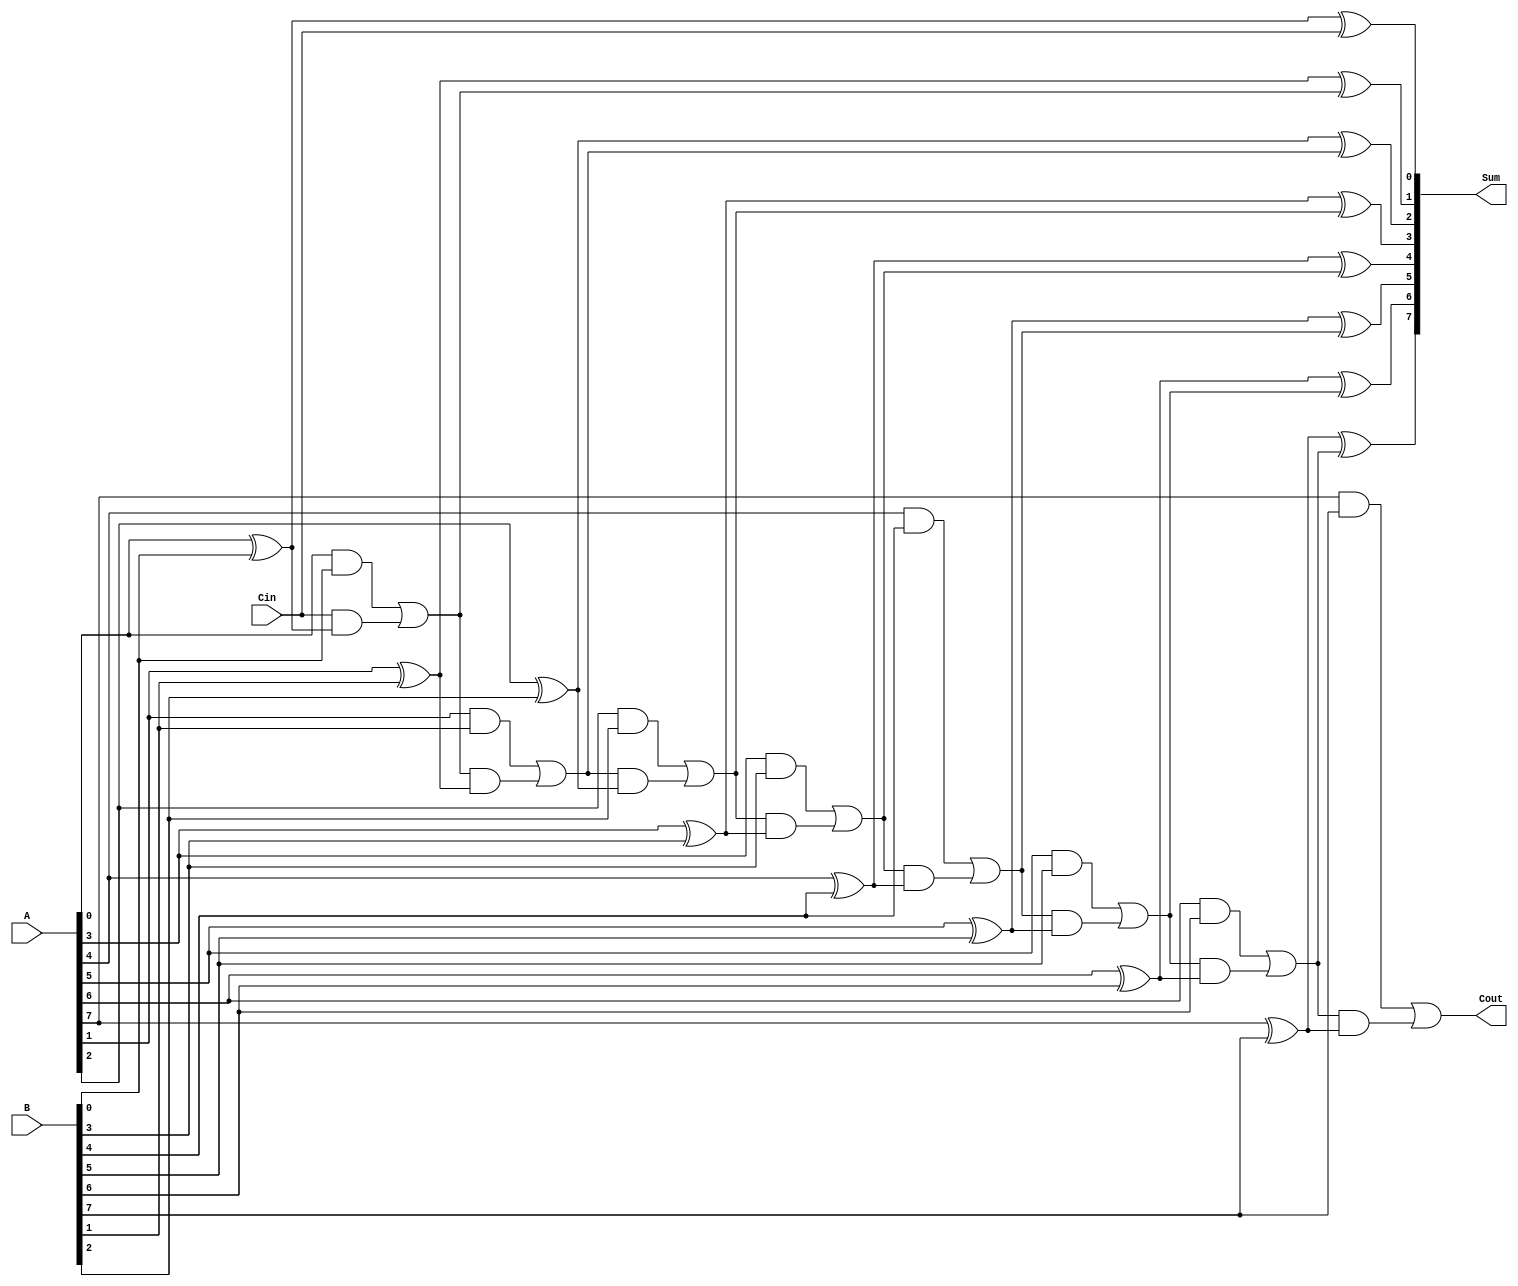
module ManchesterCarryChainAdder #(parameter WIDTH = 8) (
    input  [WIDTH-1:0] A,      // First operand
    input  [WIDTH-1:0] B,      // Second operand
    input               Cin,     // Carry-in
    output [WIDTH-1:0] Sum,     // Sum output
    output              Cout      // Carry-out
);

    wire [WIDTH:0] C; // Carry signals (C[0] is the initial carry-in)

    // Assign the initial carry-in
    assign C[0] = Cin;

    // Carry generation and propagation
    genvar i;
    generate
        for (i = 0; i < WIDTH; i = i + 1) begin : carry_gen
            assign C[i+1] = (A[i] & B[i]) | (C[i] & (A[i] ^ B[i]));
        end
    endgenerate

    // Sum computation
    generate
        for (i = 0; i < WIDTH; i = i + 1) begin : sum_gen
            assign Sum[i] = A[i] ^ B[i] ^ C[i];
        end
    endgenerate

    // Final carry-out
    assign Cout = C[WIDTH];

endmodule